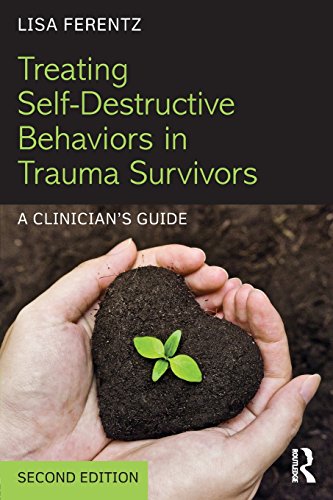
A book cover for Treating Self-Destructive Behaviors in Trauma Survivors: A Clinician's Guide; Lisa Ferentz; Health, Fitness & Dieting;